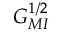
G _ { M I } ^ { 1 / 2 }